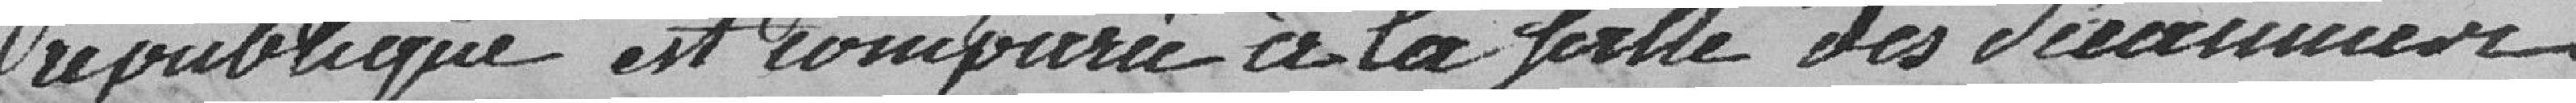
république est comparue à la salle des séances